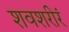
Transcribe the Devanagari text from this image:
शवशरीरं